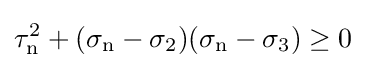
\tau _{\mathrm {n} }^{2}+(\sigma _{\mathrm {n} }-\sigma _{2})(\sigma _{\mathrm {n} }-\sigma _{3})\geq 0